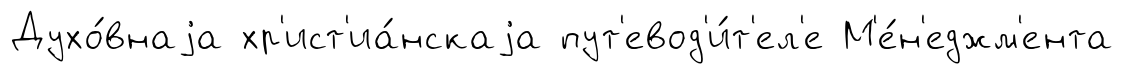
Духо́внаjа хр'ист'иа́нскаjа пут'евод'и́т'ел'е М'е́н'еджм'ента